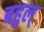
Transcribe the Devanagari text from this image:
बहुल्